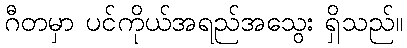
ဂီတမှာ ပင်ကိုယ်အရည်အသွေး ရှိသည်။